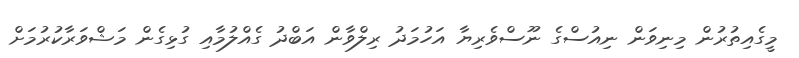
މީގެއިތުރުން މިނިވަން ނިއުސްގެ ނޫސްވެރިޔާ އަހުމަދު ރިލްވާން އަބްދު ގެއްލުމާއި ގުޅިގެން މަޝްވަރާކުރުމަށް